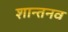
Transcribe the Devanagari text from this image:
शान्तनव